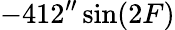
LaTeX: -412^{\prime\prime}\sin(2F)